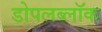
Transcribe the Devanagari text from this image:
डोपलब्लॉक